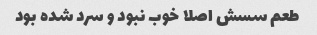
طعم سسش اصلا خوب نبود و سرد شده بود